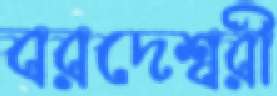
বরদেশ্বরী